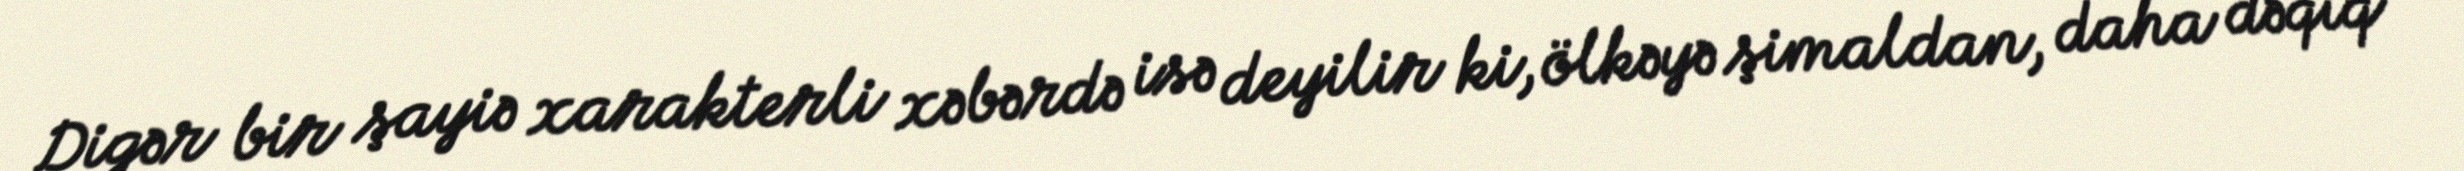
Digər bir şayiə xarakterli xəbərdə isə deyilir ki, ölkəyə şimaldan, daha dəqiq